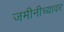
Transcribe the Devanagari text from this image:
जमीनीच्यावर